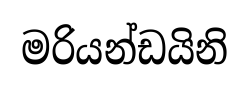
මරියන්ඩයිනි